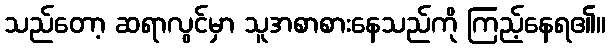
သည်တော့ ဆရာလွင်မှာ သူအစာစားနေသည်ကို ကြည့်နေရ၏။